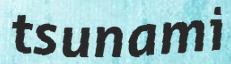
tsunami